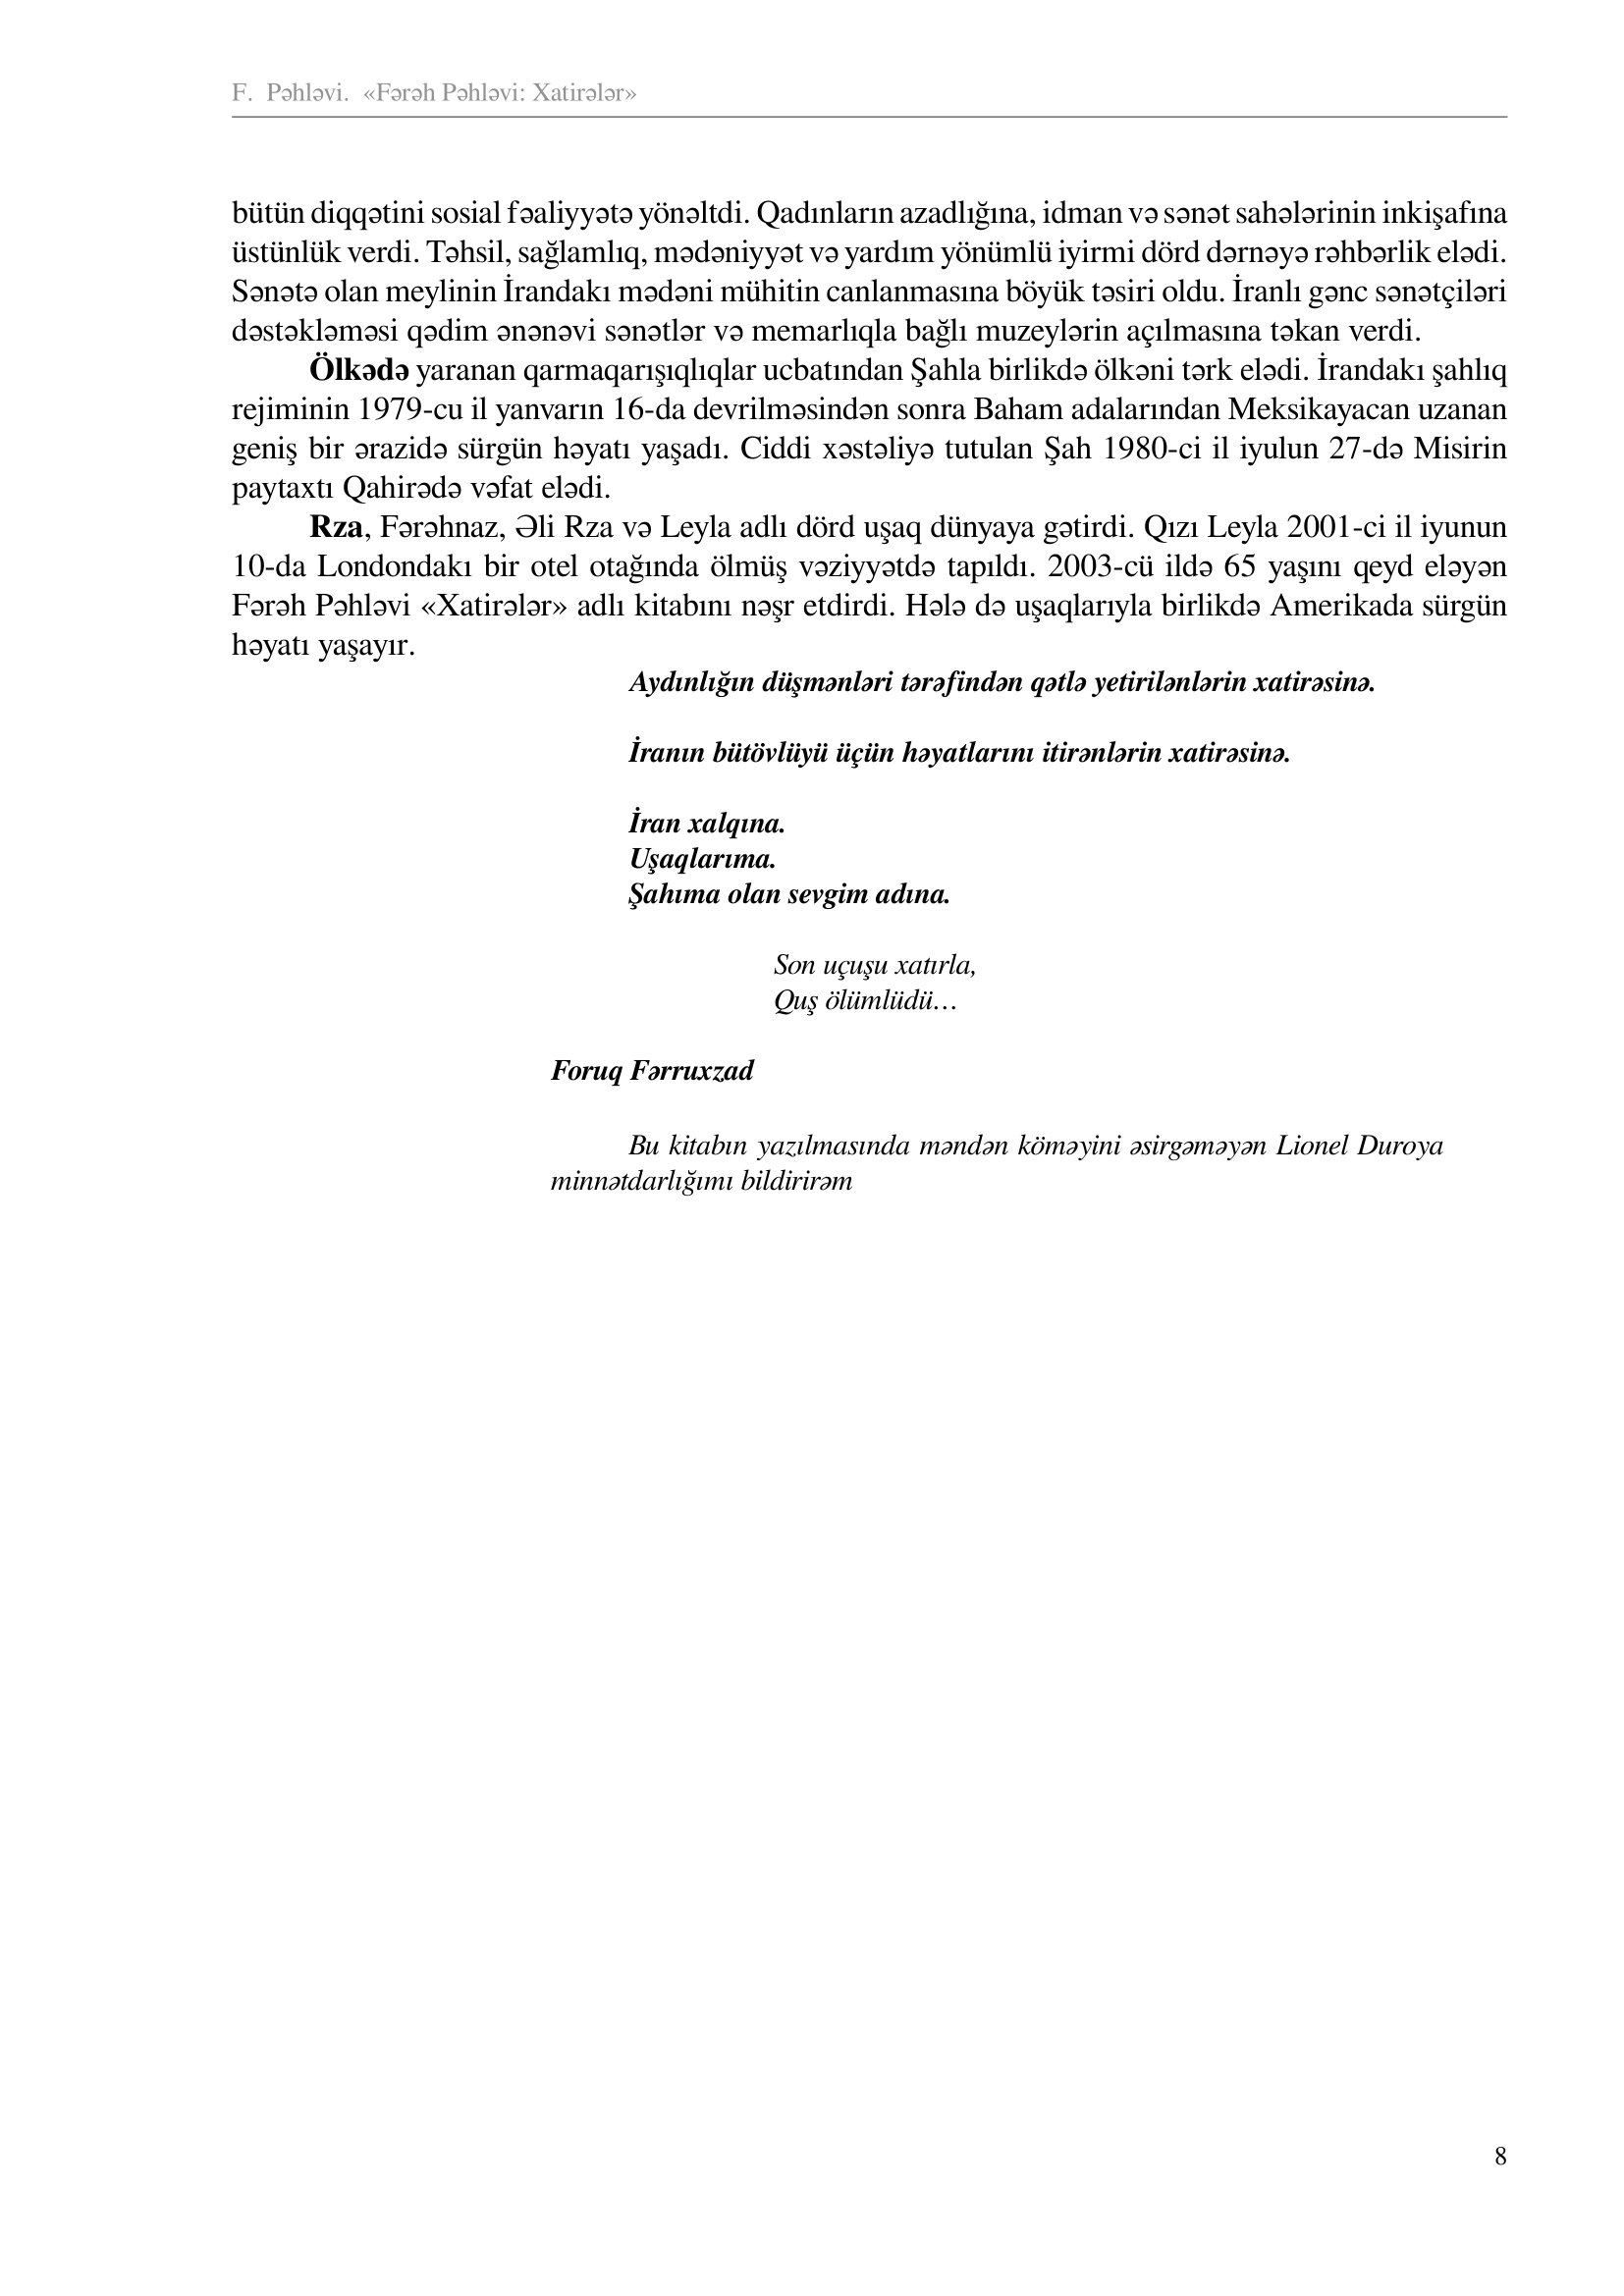
Language: az